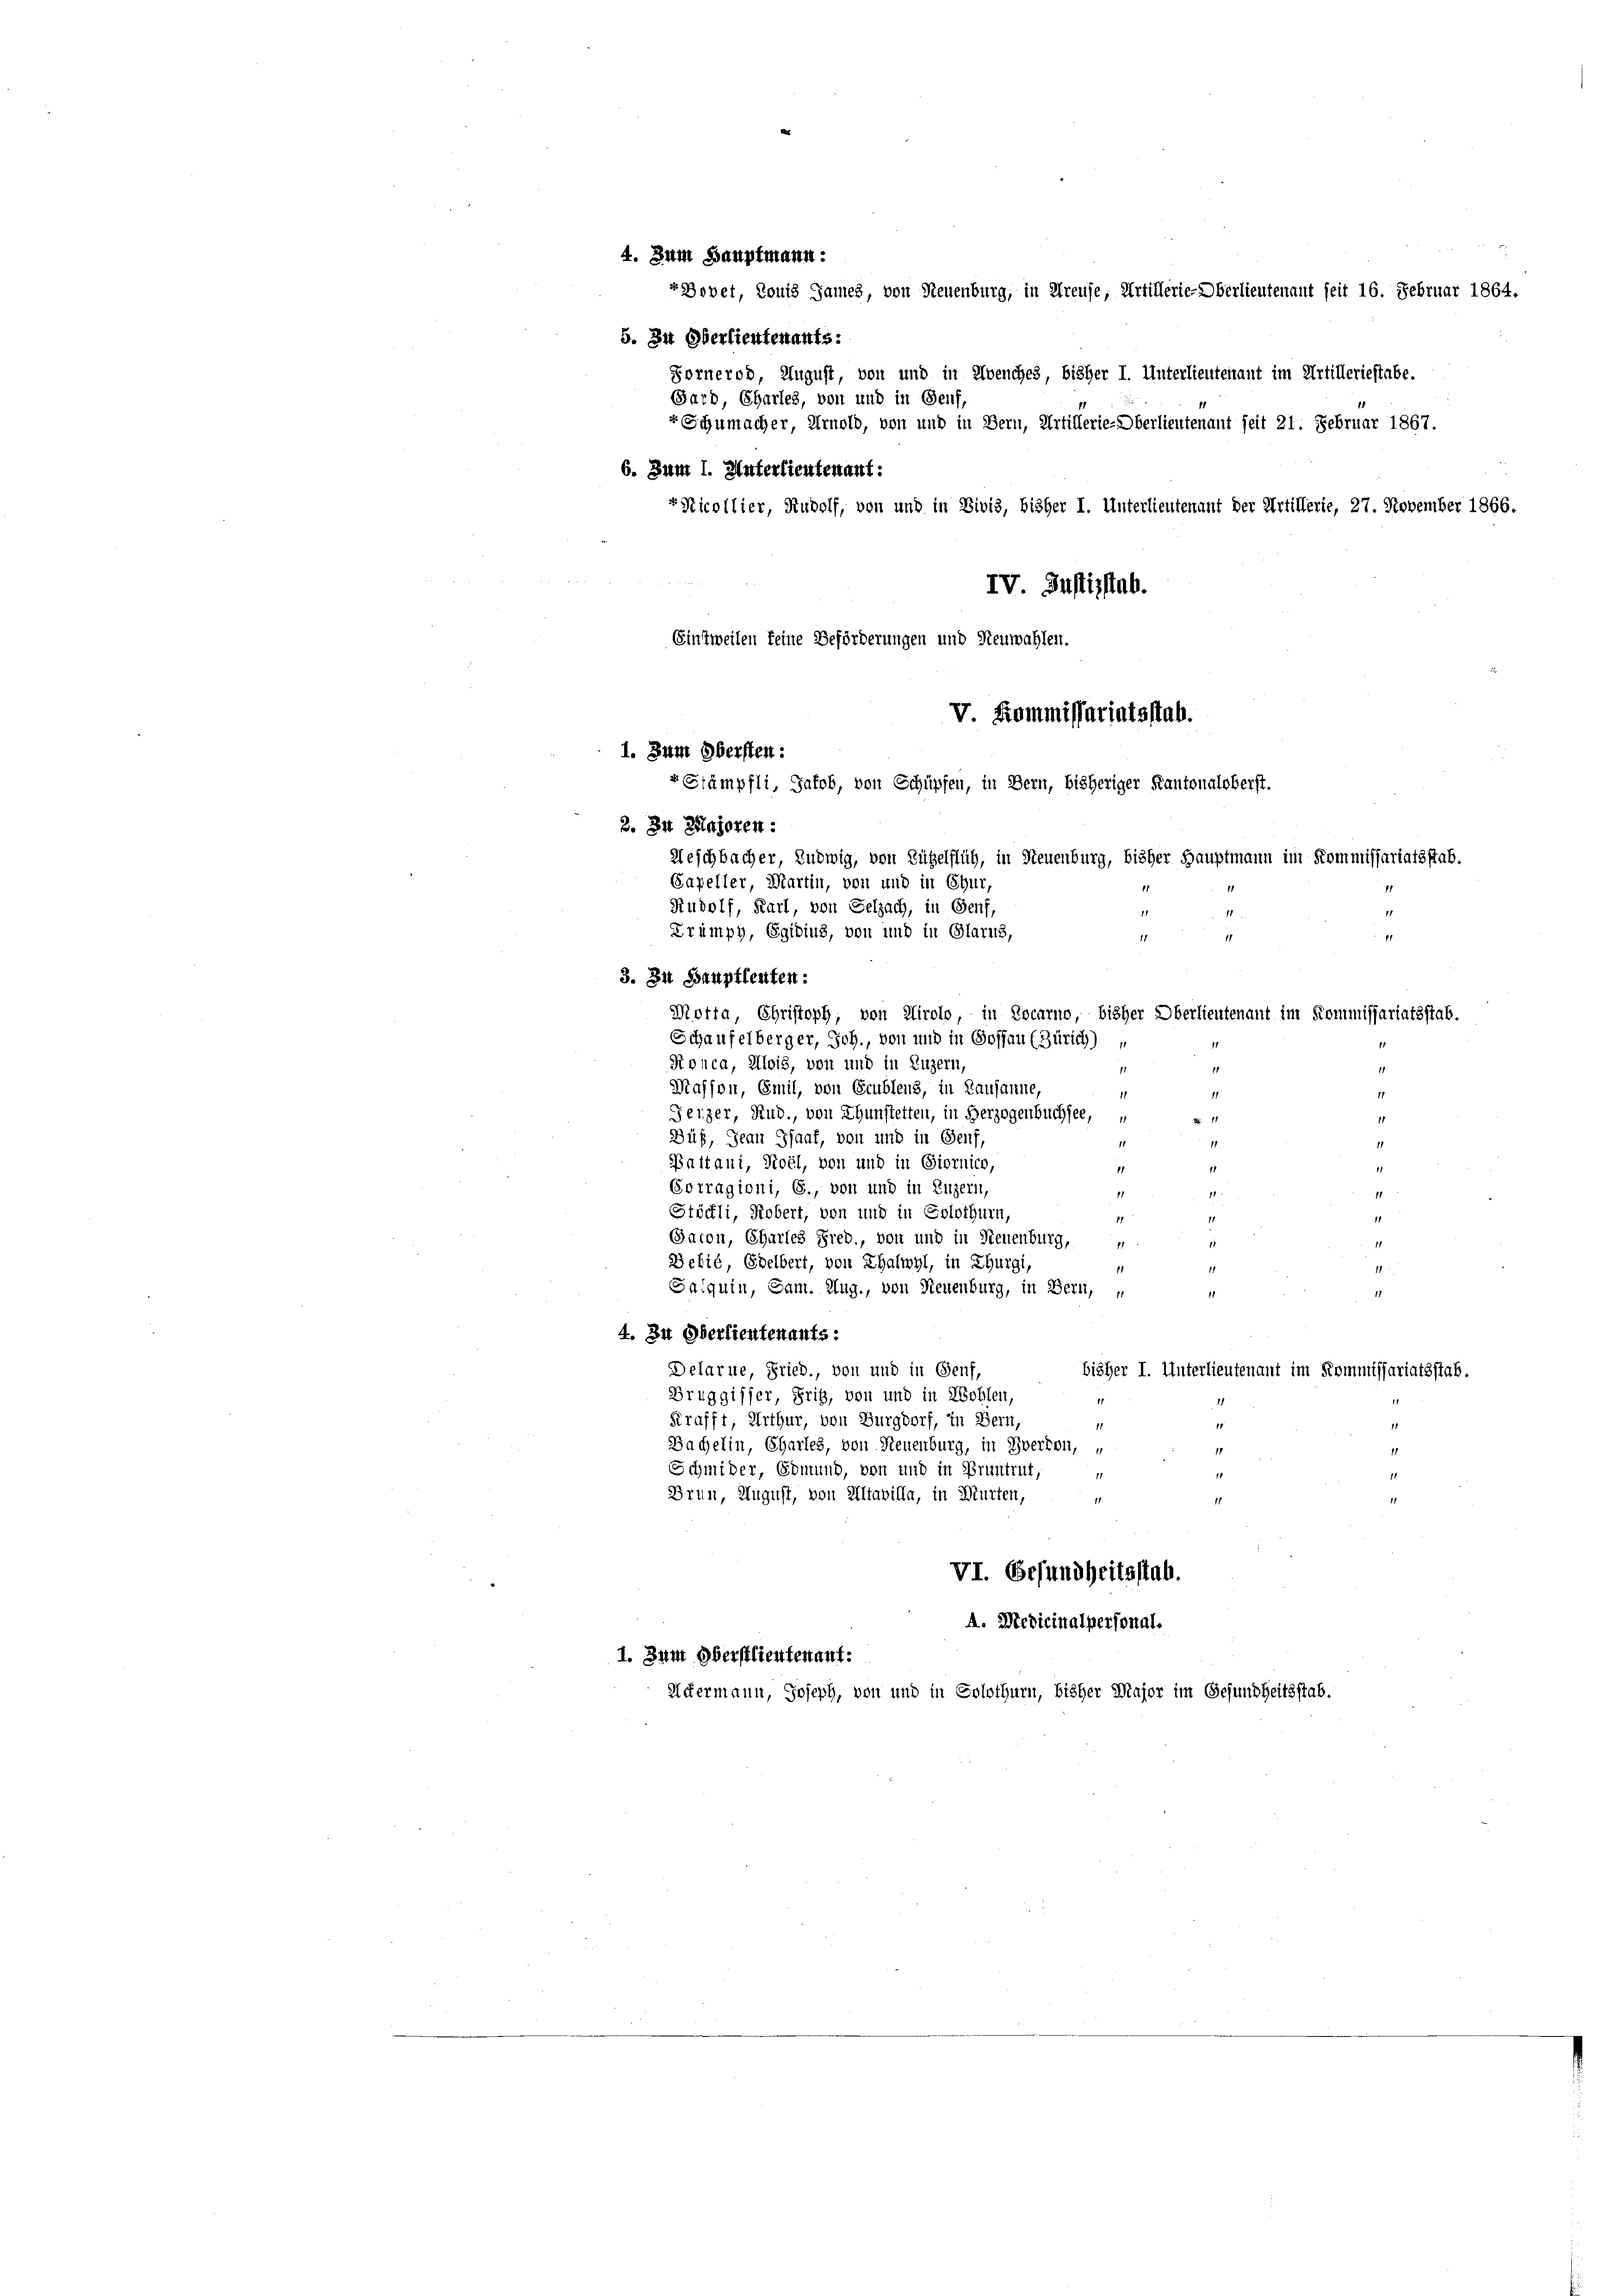
t. Zum Bauptmann.

1. Zum Obersten:

r Bovet, Louis James, von Neuenburg, in Kreuse, Artillerie-Oberlieutenant seit 16. Februar 1864.

5. In Oberlieutenants.
Forneros, August, von und in Avenches, bisher I. Unterlieutenant im Artilleriestabe.
Bard, Charles, von und in Genf,
" Schumacher, Arnold, von und in Bern, Artillerie-Oberlieutenant seit 21. Februar 1867.
6. Zum 1. Unterlieutenant:
"Nicollier, Rudolf, von und in Divis, bisher I. Unterlieutenant der Artillerie, 27. November 1866.
IV. Justizstab.
Einstweilen keine Beförderungen und Neuwahlen.
rStämpfli, Jakob, von Schüpfen, in Bern, bisheriger Kantonaloberst.
2. Zu Zinseren:
Capeller, Martin, von und in Chur,
Rudolf, Karl, von Selzach, in Genf,
Krumpy, Egidius, von und in Glarus,
1
f
3. In Bauptleuten:
Motta, Christoph, von Airolo, in Locarno, bisher Oberlieutenant im Kommissariatsstab.
Schaufelberger, Joh., von und in Gossau (Zürich)
11
Ronca, Alois, von und in Luzern,
Massen, Emil, von Grublens, in Lausanne,
11
11
Jeizer, Stud., von Thunstetten, in Herzogenbuchsee,
 11
Düß, Jean Isaat, von und in Genf,
11
Paitani, Roel, von und in Giornico,
11
Gorragioni, G., von und in Luzern,
11
Stöckli, Robert, von und in Solothurn,
11
Gacon, Charles Fred., von und in Neuenburg,
1
Bebié, Edelbert, von Thalwyl, in Thurgi,
1
1
Salquin, Sam. Aug., von Neuenburg, in Bern, u
4. In Oberlieutenants:
Delarne, Fried., von und in Genf,
bisher I. Unterlieutenant im Kommissariatsstab.
Bruggisher, Pris, von und in Wohlen,
11
Krafft, Arthur, von Burgdorf, in Bern,
11
Bachelin, Charles, von Neuenburg, in Zwerten, u
Schmider, Edmund, von und in Pruntrut,
1
Brun, August, von Altavilla, in Murten,
11
1
VI. Gesundheitsstab.
A. Medicinalpersonal.
1. Zum Oberstlieutenant.
Untermann, Joseph, von und in Solothurn, bisher Major im Gesundheitsstab.

Neschbacher, Ludwig, von Zügelflüh, in Neuenburg, bisher Hauptmann im Kommissariatsstab.

11

V. Kommissariatsstab.